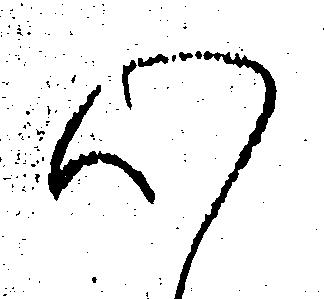
心